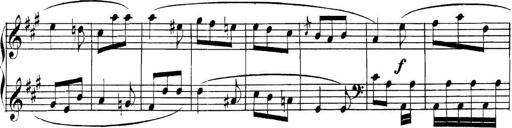
Title: Collected Piano Sonatas
Composer: Muzio Clementi